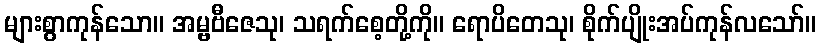
များစွာကုန်သော။ အမ္ဗဗီဇေသု၊ သရက်စေ့တို့ကို။ ရောပိတေသု၊ စိုက်ပျိုးအပ်ကုန်လသော်။